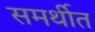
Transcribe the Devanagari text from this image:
समर्थीत